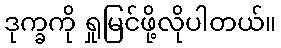
ဒုက္ခကို ရှုမြင်ဖို့လိုပါတယ်။